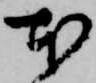
本